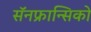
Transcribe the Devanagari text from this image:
सॅनफ्रान्सिको